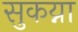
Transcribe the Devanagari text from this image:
सुकय्ना